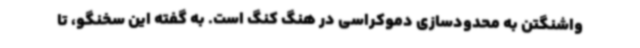
واشنگتن به محدودسازی دموکراسی در هنگ کنگ است. به گفته این سخنگو، تا